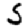
Digit: 5